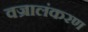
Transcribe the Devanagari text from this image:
वज्रालंकरण